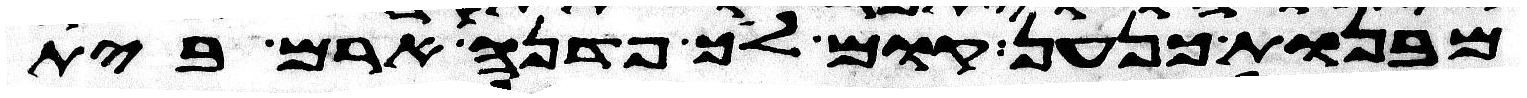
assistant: מבנות כנען קום לך פדנה ארם בית